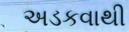
અડકવાથી